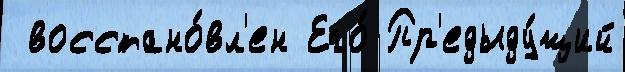
 восстано́вл'ен Его́ Пр'едыду́щий